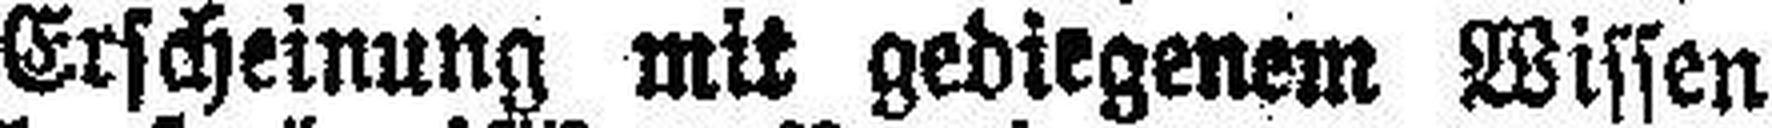
Erscheinung mit gediegenem Wissen